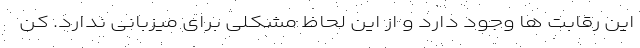
این رقابت ها وجود دارد و از این لحاظ مشکلی برای میزبانی ندارد. کن